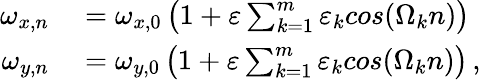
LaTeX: \begin{array}{rl}{\omega_{x,n}}&{{}=\omega_{x,0}\left(1+\varepsilon\sum_{k=1}^{m}\varepsilon_{k}cos(\Omega_{k}n)\right)}\\ {\omega_{y,n}}&{{}=\omega_{y,0}\left(1+\varepsilon\sum_{k=1}^{m}\varepsilon_{k}cos(\Omega_{k}n)\right)\, ,}\end{array}